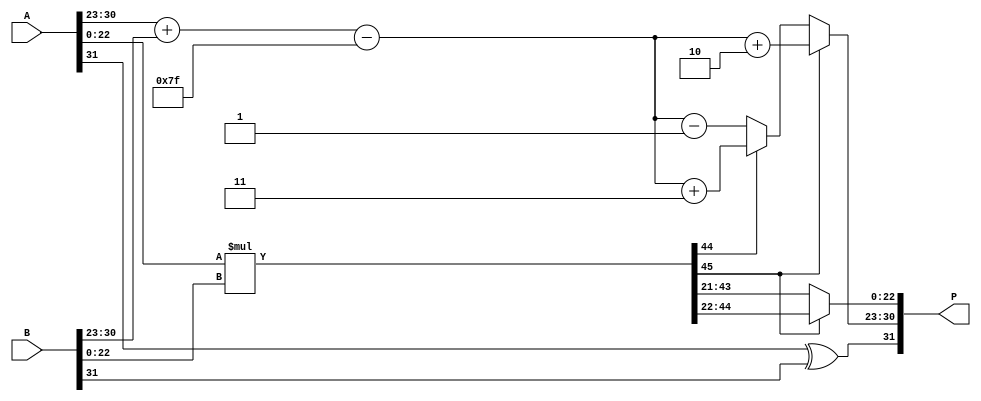
module radix4_fp_multiplier (
    input  wire [31:0] A, // First floating-point number
    input  wire [31:0] B, // Second floating-point number
    output reg  [31:0] P  // Product of A and B
);

    // Extract components
    wire S_A = A[31]; // Sign of A
    wire [7:0] E_A = A[30:23]; // Exponent of A
    wire [22:0] M_A = {1'b1, A[22:0]}; // Significand of A with implicit leading 1

    wire S_B = B[31]; // Sign of B
    wire [7:0] E_B = B[30:23]; // Exponent of B
    wire [22:0] M_B = {1'b1, B[22:0]}; // Significand of B with implicit leading 1

    // Sign of the product
    wire S_P = S_A ^ S_B;

    // Exponent of the product
    wire [8:0] E_P_raw = {1'b0, E_A} + {1'b0, E_B} - 8'd127; // Adjust bias
    wire [7:0] E_P = E_P_raw[7:0]; // Keep only 8 bits

    // Radix-4 multiplication of significands
    wire [47:0] M_product = M_A * M_B; // 24 bits * 24 bits => 48 bits

    // Normalization and rounding
    reg [22:0] M_P;
    reg [7:0] E_P_final;
    reg M_shift;
    
    always @(*) begin
        // Initialize outputs
        M_P = 23'b0;
        E_P_final = E_P;
        M_shift = 0;

        // Normalization: shift left until the leading bit is 1
        if (M_product[47] == 1'b1) begin
            M_P = M_product[46:24]; // Use top 23 bits
        end else if (M_product[46] == 1'b1) begin
            M_P = M_product[45:23]; // Shift once
            E_P_final = E_P + 1; // Adjust exponent
        end else if (M_product[45] == 1'b1) begin
            M_P = M_product[44:22]; // Shift twice
            E_P_final = E_P + 2; // Adjust exponent
        end else if (M_product[44] == 1'b1) begin
            M_P = M_product[43:21]; // Shift thrice
            E_P_final = E_P + 3; // Adjust exponent
        end else begin
            // If the leading bit is zero, it means the product is subnormal
            M_P = M_product[43:21]; // Use next bits
            E_P_final = E_P - 1; // Adjust exponent
        end
    end

    // Form the final product
    always @(*) begin
        P[31] = S_P; // Sign bit
        P[30:23] = E_P_final; // Exponent
        P[22:0] = M_P; // Significand
    end

endmodule